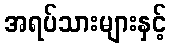
အရပ်သားများနှင့်